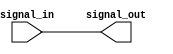
module ECL_buffer (
    input signal_in,
    output reg signal_out
);

// ECL buffering logic goes here

assign signal_out = signal_in;

endmodule